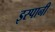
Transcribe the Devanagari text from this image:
इस्पानी